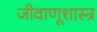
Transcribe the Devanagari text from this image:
जीवाणूशास्त्र